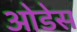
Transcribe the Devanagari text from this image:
ओडेस